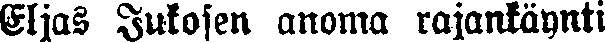
Eljas Jukosen anoma rajankäynti